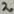
Text: 2